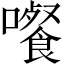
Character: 𡄄